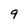
Character: 9